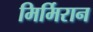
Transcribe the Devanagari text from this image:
मिर्मिरान